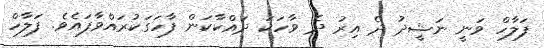
ފަލާހް ވަނީ ނަޝީދު ދެ އިރު ދެ ވާހަކަ ދައްކާކަން ފާހަގަކުރައްވާފައެވެ. ފަލާހް